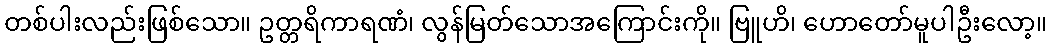
တစ်ပါးလည်းဖြစ်သော။ ဥတ္တရိကာရဏံ၊ လွန်မြတ်သောအကြောင်းကို။ ဗြူဟိ၊ ဟောတော်မူပါဦးလော့။